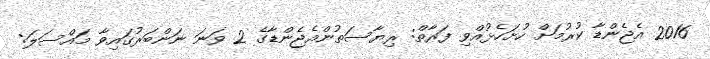
2016 އެޖެންޑާ ކުރުމަށް ހުށަހެޅުއްވި ފަރާތް: ރިޔާސަތުންއެޖެންޑާގެ 2 ވަނަ ނަންބަރުގައިވާ މައްސަލަ: